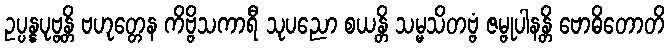
ဥပ္ပန္နပုဗ္ဗန္တိ ဗဟုတ္တေန ကိဗ္ဗိသကာရီ သုပညော စယန္တိ သမ္မသိတဗ္ဗံ ဇမ္ဗုပါနန္တိ ဗောဓိတောတိ